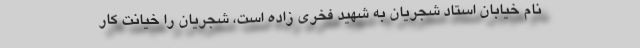
نام خیابان استاد شجریان به شهید فخری زاده است، شجریان را خیانت کار